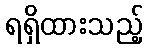
ရရှိထားသည့်